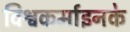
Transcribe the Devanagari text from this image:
विश्वकर्माइनके